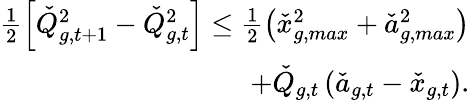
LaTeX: \begin{array}{r}{\frac{1}{2}\left[\check{Q}_{g,t+1}^{2}-\check{Q}_{g,t}^{2}\right]\leq\frac{1}{2}\left(\check{x}_{g,max}^{2}+\check{a}_{g,max}^{2}\right)}\\ {+\check{Q}_{g,t}\left(\check{a}_{g,t}-\check{x}_{g,t}\right).}\end{array}